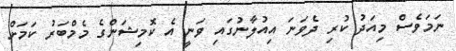
ނަމަވެސް މިއަދު ކުރި ދެވަނަ އިއުލާނުގައި ވަނީ އެ ކޮމިޝަންގެ މެމްބަރު ކަމަށް